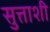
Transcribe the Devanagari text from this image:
सुत्ताशी